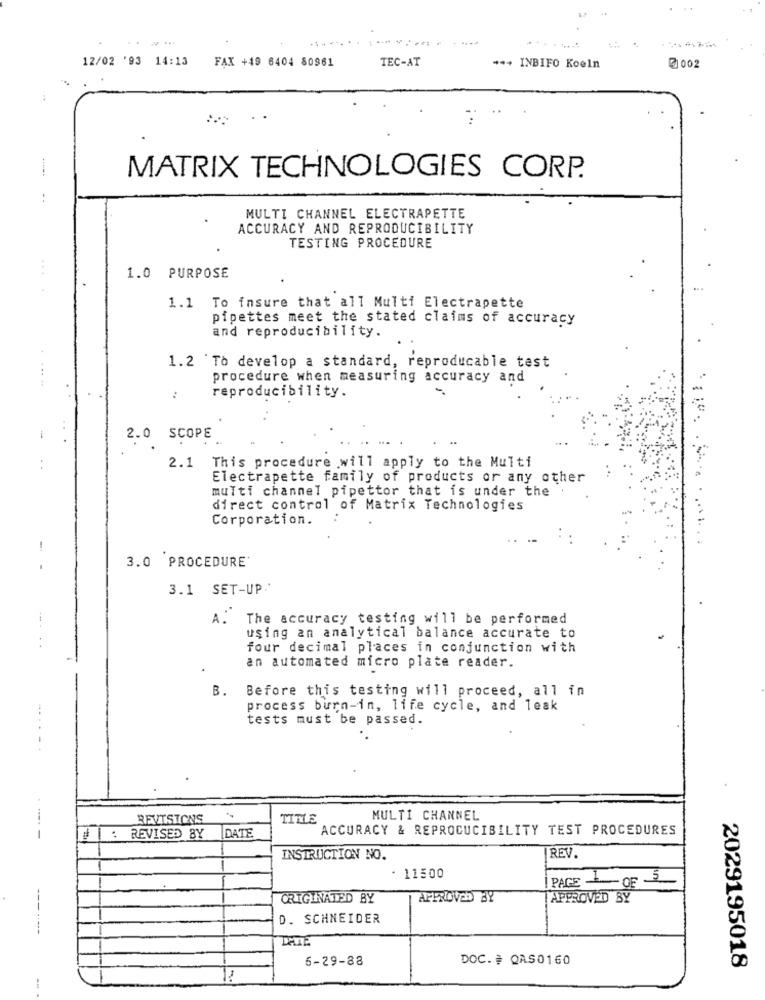
12/02 '93 14:13
FAX +49 6404 80961
TEC-AT
*** INBIFO Koeln
7 002
MATRIX TECHNOLOGIES CORP.
MULTI CHANNEL ELECTRAPETTE
ACCURACY AND REPRODUCIBILITY
TESTING PROCEDURE
.. .
1.0 PURPOSE
1.1 To insure that all Multi Electrapette
pipettes meet the stated claims of accuracy
and reproducibility.
1.2 'To develop a standard, reproducable test
procedure when measuring accuracy and
:
reproducibility.
2.0 SCOPE
2.1 This procedure will apply to the Multi
Electrapette family of products or any other
multi channel pipettor that is under the .
direct control of Matrix Technologies
Corporation.
-
3.0 PROCEDURE'
3.1 SET-UP.
A.
The accuracy testing will be performed
using an analytical balance accurate to
four decimal places in conjunction with
an automated micro plate reader.
B.
Before this testing will proceed, all in
process burn-in, life cycle, and leak
tests must be passed.
.......
REVISIONS
TITLE
MULTI CHANNEL
ACCURACY & REPROCUCIBILITY TEST PROCEDURES
---
I : REVISED BY
DATE
INSTRUCTION NO.
REV.
- 11500
| PAGE OF
---
ORIGINATED BY
APPROVED BY
APPROVED BY
D. SCHNEIDER
-----
5-29-88
DOC. # QAS0160
2029195018
-